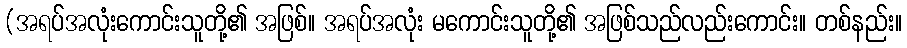
(အရပ်အလုံးကောင်းသူတို့၏ အဖြစ်။ အရပ်အလုံး မကောင်းသူတို့၏ အဖြစ်သည်လည်းကောင်း။ တစ်နည်း။